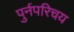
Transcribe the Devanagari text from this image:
पुर्नपरिचय